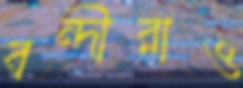
বন্দীরাও